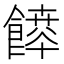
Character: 𩞳